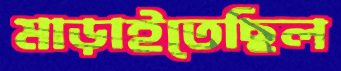
মাড়াইতেছিল